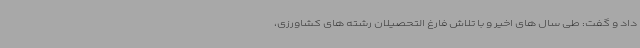
داد و گفت: طی سال های اخیر و با تلاش فارغ التحصیلان رشته های کشاورزی،